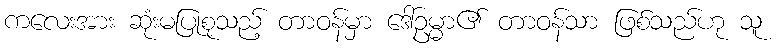
ကလေးအား ဆုံးမပြုစုသည့် တာဝန်မှာ ဒေါ်ဥမ္မာ၏ တာဝန်သာ ဖြစ်သည်ဟု သူ